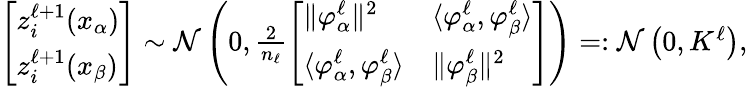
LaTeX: \begin{array}{r}{\left[\begin{array}{l}{z_{i}^{\ell+1}(x_{\alpha})}\\ {z_{i}^{\ell+1}(x_{\beta})}\end{array}\right]\sim\mathcal{N}\left(0,\frac{2}{n_{\ell}}\left[\begin{array}{ll}{\| {{\varphi}_{\alpha}^{\ell}}\| ^{2}}&{\langle{{\varphi}_{\alpha}^{\ell}},{{\varphi}_{\beta}^{\ell}}\rangle}\\ {\langle{{\varphi}_{\alpha}^{\ell}},{{\varphi}_{\beta}^{\ell}}\rangle}&{\| {{\varphi}_{\beta}^{\ell}}\| ^{2}}\end{array}\right]\right)=:\mathcal{N}\left(0,K^{\ell}\right),}\end{array}